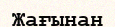
Жағынан